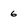
Character: 6